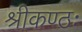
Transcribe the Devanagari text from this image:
श्रीकण्ठः